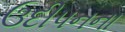
ઉદીપનના